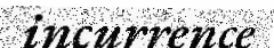
incurrence